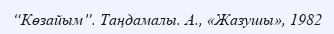
“Көзайым”. Таңдамалы. А., «Жазушы», 1982